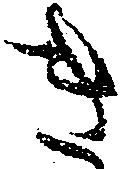
き